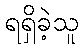
ရရှိခဲ့သူ